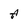
Character: A